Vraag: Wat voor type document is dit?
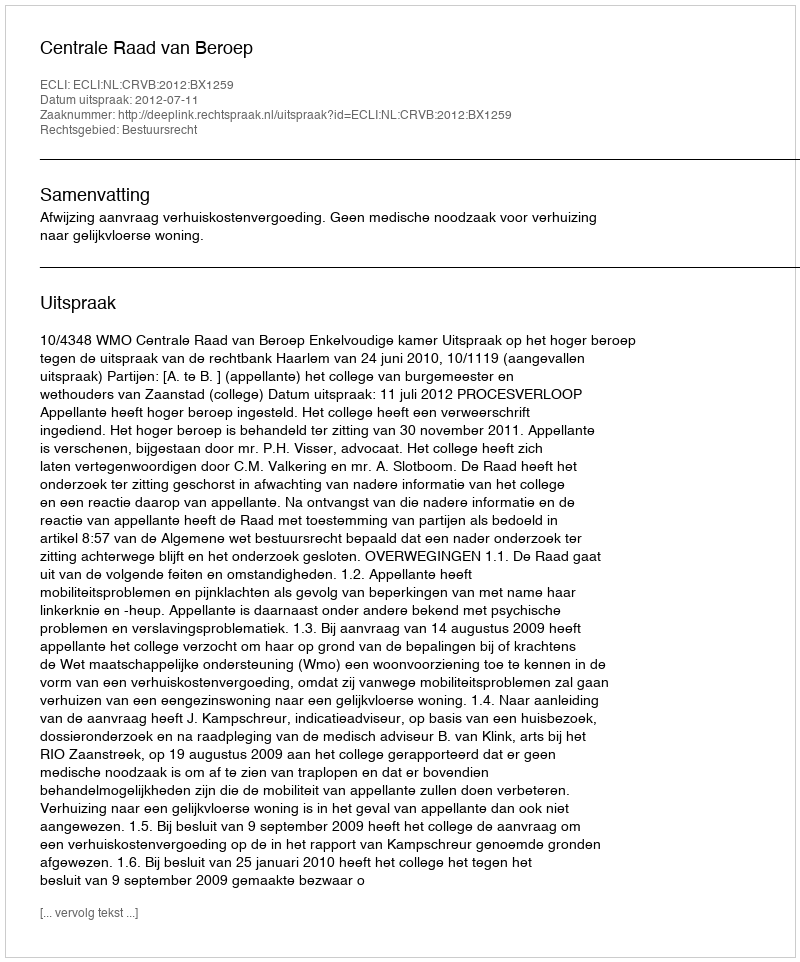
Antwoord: Uitspraak